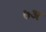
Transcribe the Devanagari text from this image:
७अ